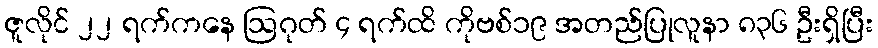
ဇူလိုင် ၂၂ ရက်ကနေ ဩဂုတ် ၄ ရက်ထိ ကိုဗစ်၁၉ အတည်ပြုလူနာ ၈၃၆ ဦးရှိပြီး